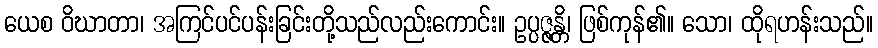
ယေစ ဝိဃာတာ၊ အကြင်ပင်ပန်းခြင်းတို့သည်လည်းကောင်း။ ဥပ္ပဇ္ဇန္တိ၊ ဖြစ်ကုန်၏။ သော၊ ထိုရဟန်းသည်။